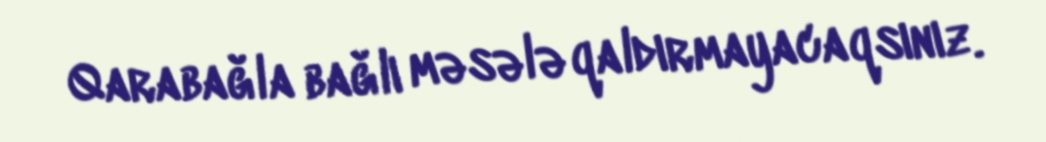
Qarabağla bağlı məsələ qaldırmayacaqsınız.